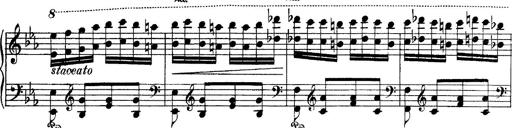
Title: Hungarian Rhapsody No.4
Composer: Franz Liszt
Key: E-flat major